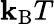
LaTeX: \mathbf{k}_{\mathrm{{B}}}T